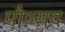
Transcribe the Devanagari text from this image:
पौन्सद